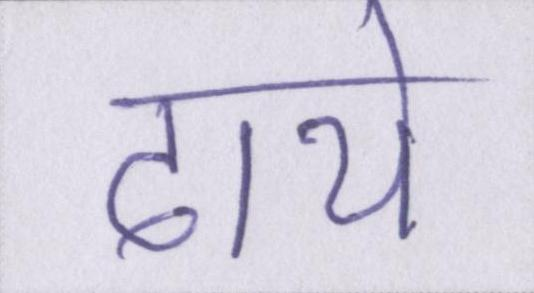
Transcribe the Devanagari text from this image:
ढाये